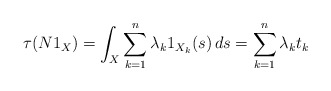
\begin{align*}\tau(N 1_X) = \int_X \sum^n_{k=1} \lambda_k 1_{X_k}(s) \, ds = \sum^n_{k=1} \lambda_k t_k\end{align*}